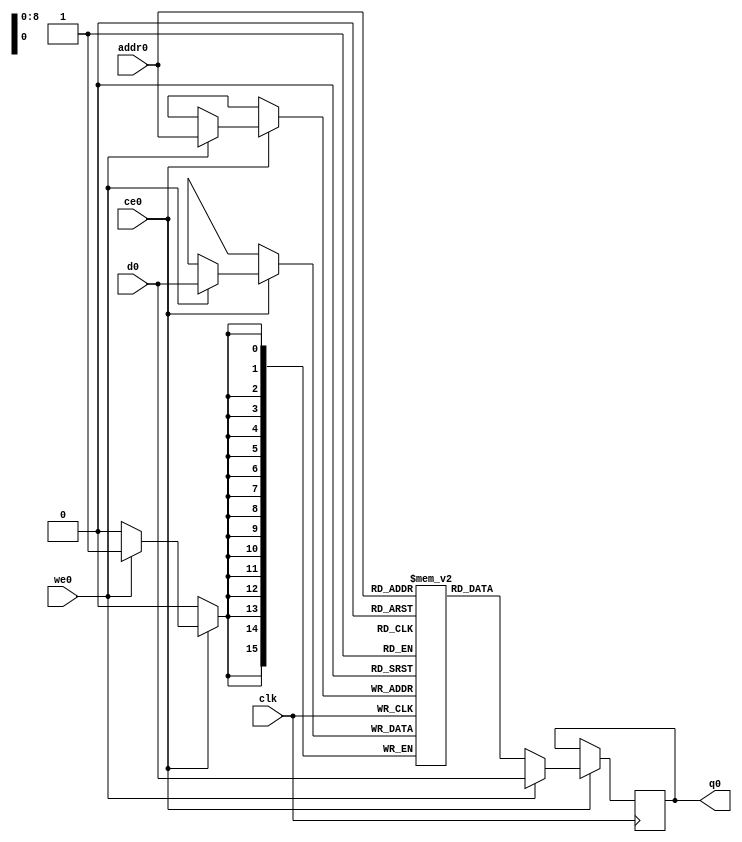
// ==============================================================
// File generated by Vivado(TM) HLS - High-Level Synthesis from C, C++ and SystemC
// Version: 2017.4
// Copyright (C) 1986-2017 Xilinx, Inc. All Rights Reserved.
// 
// ==============================================================

`timescale 1 ns / 1 ps
module line_buffer_mp_0_bkb_ram (addr0, ce0, d0, we0, q0,  clk);

parameter DWIDTH = 16;
parameter AWIDTH = 9;
parameter MEM_SIZE = 390;

input[AWIDTH-1:0] addr0;
input ce0;
input[DWIDTH-1:0] d0;
input we0;
output reg[DWIDTH-1:0] q0;
input clk;

(* ram_style = "block" *)reg [DWIDTH-1:0] ram[0:MEM_SIZE-1];




always @(posedge clk)  
begin 
    if (ce0) 
    begin
        if (we0) 
        begin 
            ram[addr0] <= d0; 
            q0 <= d0;
        end 
        else 
            q0 <= ram[addr0];
    end
end


endmodule


`timescale 1 ns / 1 ps
module line_buffer_mp_0_bkb(
    reset,
    clk,
    address0,
    ce0,
    we0,
    d0,
    q0);

parameter DataWidth = 32'd16;
parameter AddressRange = 32'd390;
parameter AddressWidth = 32'd9;
input reset;
input clk;
input[AddressWidth - 1:0] address0;
input ce0;
input we0;
input[DataWidth - 1:0] d0;
output[DataWidth - 1:0] q0;



line_buffer_mp_0_bkb_ram line_buffer_mp_0_bkb_ram_U(
    .clk( clk ),
    .addr0( address0 ),
    .ce0( ce0 ),
    .d0( d0 ),
    .we0( we0 ),
    .q0( q0 ));

endmodule